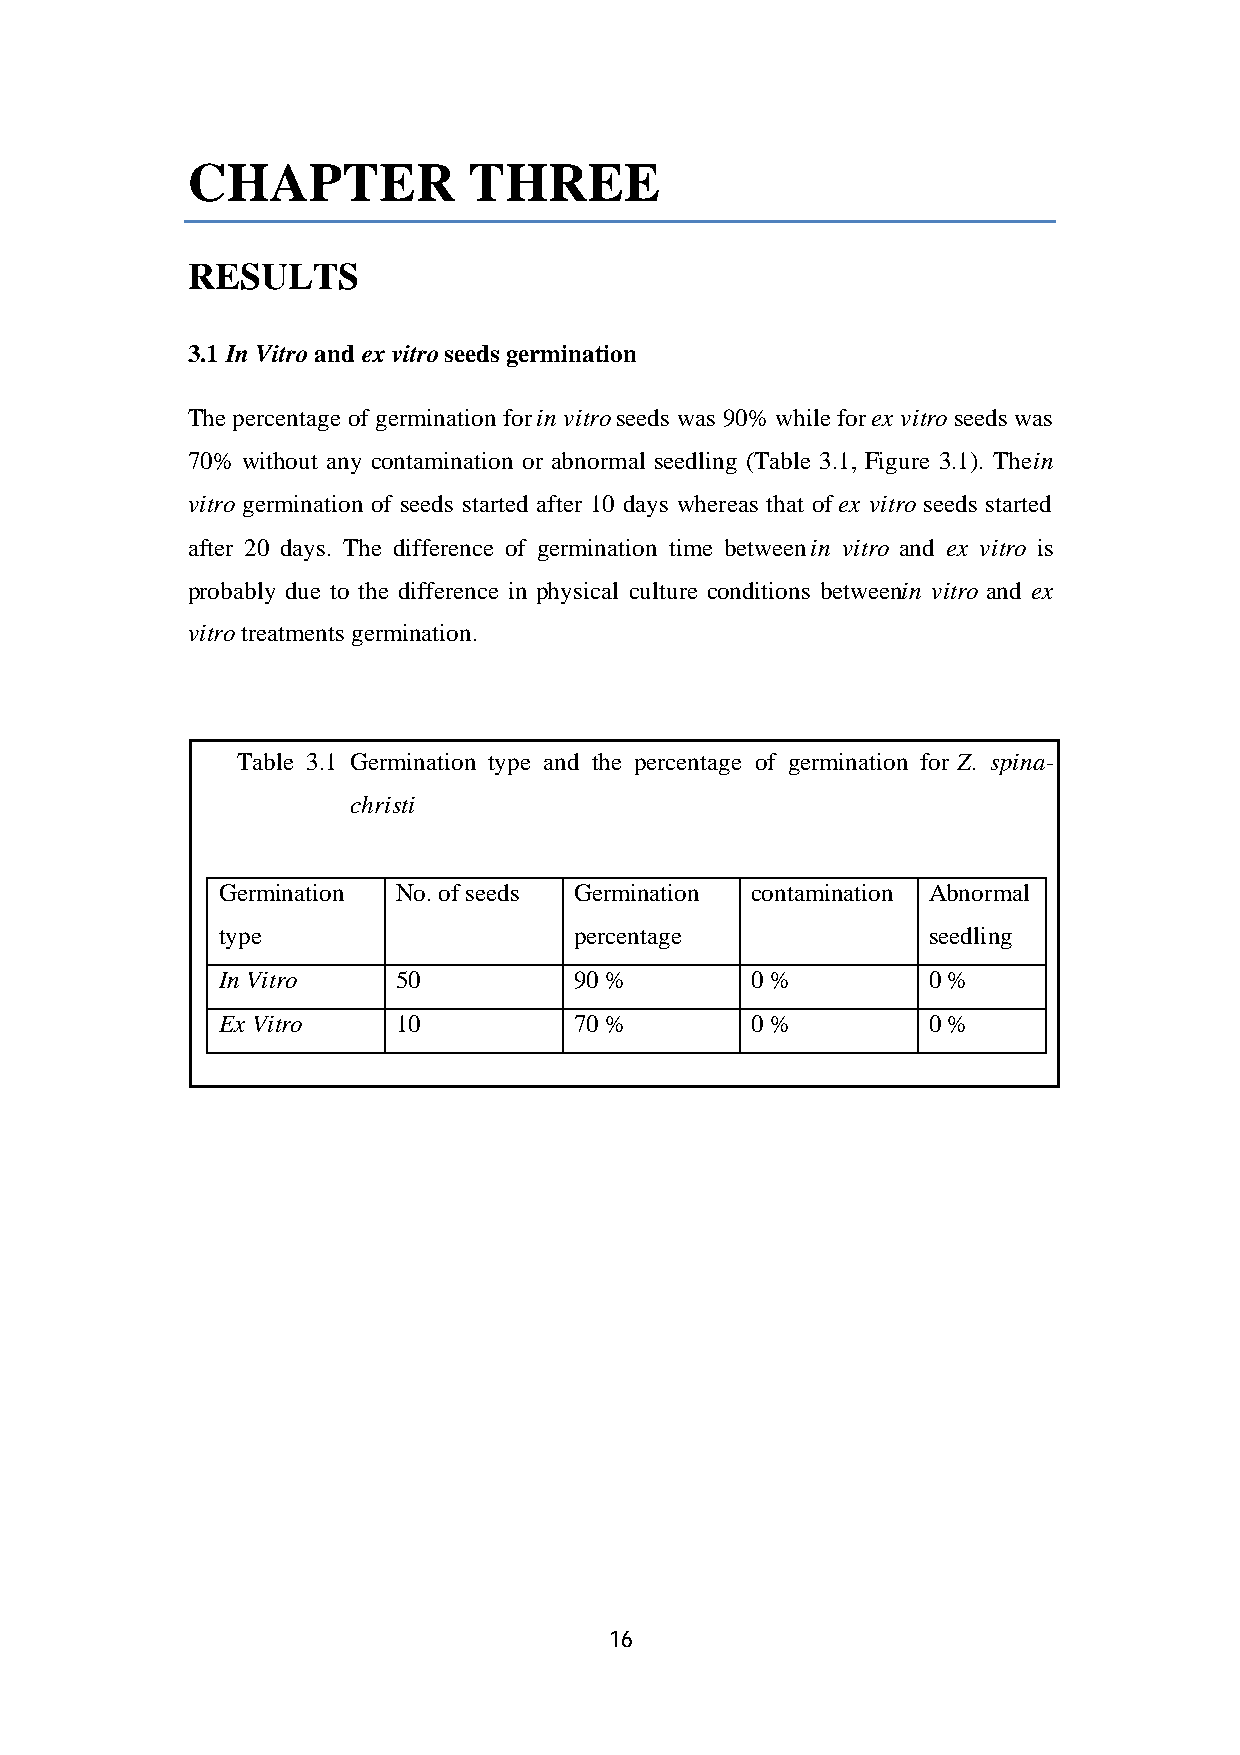
CHAPTER            THREE
 RESULTS
 3.1 In Vitro and ex vitro seeds germination
 The percentage of germination for in vitro seeds was 90% while for ex vitro seeds was
 70% without any contamination or abnormal seedling (Table 3.1, Figure 3.1). The in
 vitro germination of seeds started after 10 days whereas that of ex vitro seeds started
 after 20 days. The difference of germination time between in vitro and ex vitro is
 probably due to the difference in physical culture conditions between in vitro and ex
 vitro treatments germination.
 Table 3.1 Germination type and the percentage of germination for Z. spina-
 christi
 Germination No. of seeds Germination contamination Abnormal
 type                    percentage             seedling
 In Vitro    50          90 %        0 %        0 %
 Ex Vitro    10          70 %        0 %        0 %
 16